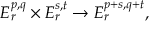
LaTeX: E _ { r } ^ { p , q } \times E _ { r } ^ { s , t } \to E _ { r } ^ { p + s , q + t } ,